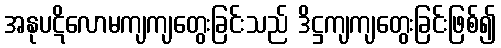
အနုပဋိလောမကျကျတွေးခြင်းသည် ဒိဋ္ဌကျကျတွေးခြင်းဖြစ်၍